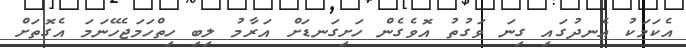
އެކަމަކު އެނދުގައި ގިނަ ވަގުތު އޮވެގެން ހަށިގަނޑަށް އަރާމު ލިބި ހިތްހަމަޖެހޭނަމަ އެގޮތަށް